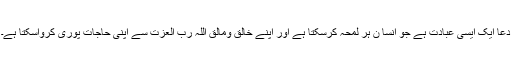
دعا ایک ایسی عبادت ہے جو انسا ن ہر لمحہ کرسکتا ہے اور اپنے خالق ومالق اللہ رب العزت سے اپنی حاجات پوری کرواسکتا ہے۔